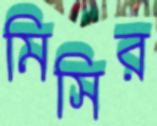
মিসির